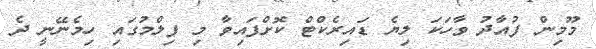
މޫމިން ފުއާދު ވާހަކަ ލިޔެ ޑައިރެކްޓް ކޮށްފައިވާ މި ފިލްމުގައި ހިމެނޭނީ ދެ